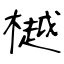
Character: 樾